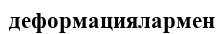
деформациялармен